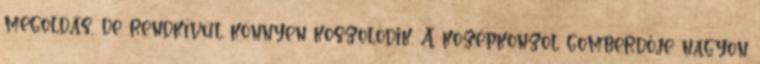
megoldás, de rendkívül könnyen koszolódik. A középkonzol gomberdője nagyon